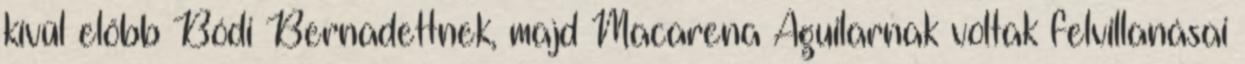
kívül előbb Bódi Bernadettnek, majd Macarena Aguilarnak voltak felvillanásai